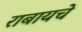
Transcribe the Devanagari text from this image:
राबायचे